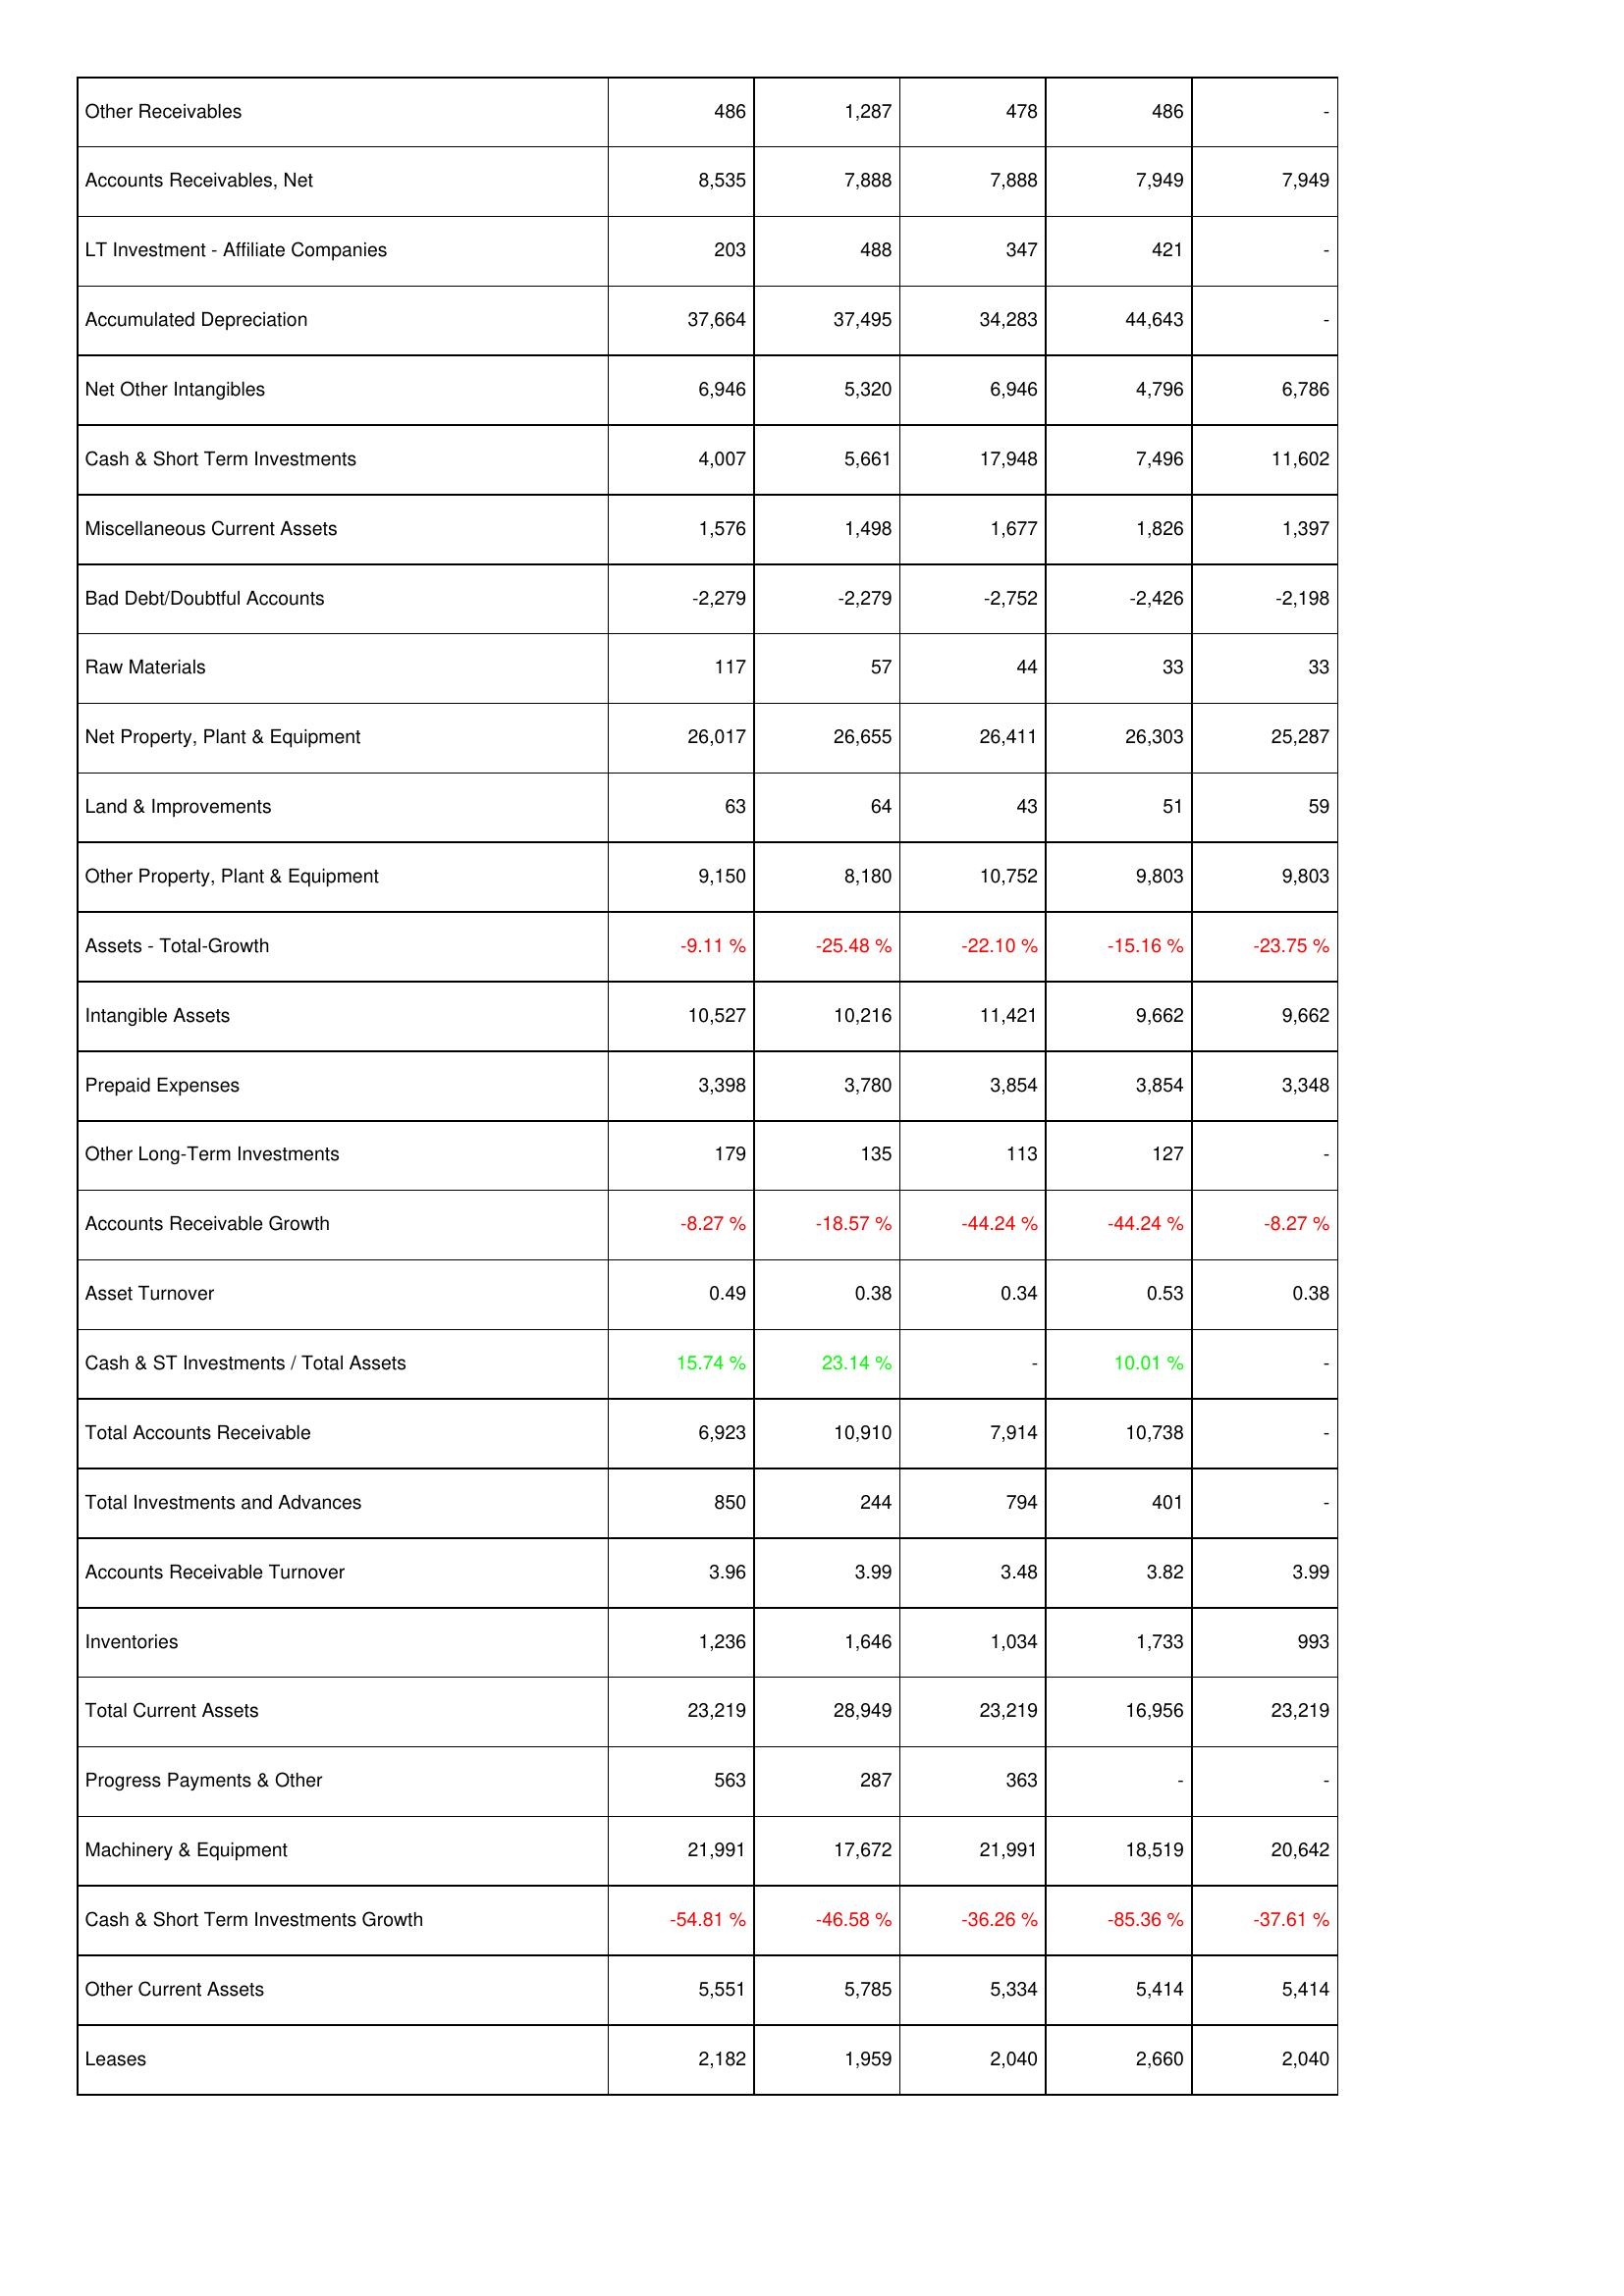
2014: Assets: Other Receivables: 486
Accounts Receivables, Net: 8,535
LT Investment - Affiliate Companies: 203
Accumulated Depreciation: 37,664
Net Other Intangibles: 6,946
Cash & Short Term Investments: 4,007
Miscellaneous Current Assets: 1,576
Bad Debt/Doubtful Accounts: -2,279
Raw Materials: 117
Net Property, Plant & Equipment: 26,017
Land & Improvements: 63
Other Property, Plant & Equipment: 9,150
Assets - Total-Growth: -9.11 %
Intangible Assets: 10,527
Prepaid Expenses: 3,398
Other Long-Term Investments: 179
Accounts Receivable Growth: -8.27 %
Asset Turnover: 0.49
Cash & ST Investments / Total Assets: 15.74 %
Total Accounts Receivable: 6,923
Total Investments and Advances: 850
Accounts Receivable Turnover: 3.96
Inventories: 1,236
Total Current Assets: 23,219
Progress Payments & Other: 563
Machinery & Equipment: 21,991
Cash & Short Term Investments Growth: -54.81 %
Other Current Assets: 5,551
Leases: 2,182
2013: Assets: Other Receivables: 1,287
Accounts Receivables, Net: 7,888
LT Investment - Affiliate Companies: 488
Accumulated Depreciation: 37,495
Net Other Intangibles: 5,320
Cash & Short Term Investments: 5,661
Miscellaneous Current Assets: 1,498
Bad Debt/Doubtful Accounts: -2,279
Raw Materials: 57
Net Property, Plant & Equipment: 26,655
Land & Improvements: 64
Other Property, Plant & Equipment: 8,180
Assets - Total-Growth: -25.48 %
Intangible Assets: 10,216
Prepaid Expenses: 3,780
Other Long-Term Investments: 135
Accounts Receivable Growth: -18.57 %
Asset Turnover: 0.38
Cash & ST Investments / Total Assets: 23.14 %
Total Accounts Receivable: 10,910
Total Investments and Advances: 244
Accounts Receivable Turnover: 3.99
Inventories: 1,646
Total Current Assets: 28,949
Progress Payments & Other: 287
Machinery & Equipment: 17,672
Cash & Short Term Investments Growth: -46.58 %
Other Current Assets: 5,785
Leases: 1,959
2012: Assets: Other Receivables: 478
Accounts Receivables, Net: 7,888
LT Investment - Affiliate Companies: 347
Accumulated Depreciation: 34,283
Net Other Intangibles: 6,946
Cash & Short Term Investments: 17,948
Miscellaneous Current Assets: 1,677
Bad Debt/Doubtful Accounts: -2,752
Raw Materials: 44
Net Property, Plant & Equipment: 26,411
Land & Improvements: 43
Other Property, Plant & Equipment: 10,752
Assets - Total-Growth: -22.10 %
Intangible Assets: 11,421
Prepaid Expenses: 3,854
Other Long-Term Investments: 113
Accounts Receivable Growth: -44.24 %
Asset Turnover: 0.34
Cash & ST Investments / Total Assets: -
Total Accounts Receivable: 7,914
Total Investments and Advances: 794
Accounts Receivable Turnover: 3.48
Inventories: 1,034
Total Current Assets: 23,219
Progress Payments & Other: 363
Machinery & Equipment: 21,991
Cash & Short Term Investments Growth: -36.26 %
Other Current Assets: 5,334
Leases: 2,040
2011: Assets: Other Receivables: 486
Accounts Receivables, Net: 7,949
LT Investment - Affiliate Companies: 421
Accumulated Depreciation: 44,643
Net Other Intangibles: 4,796
Cash & Short Term Investments: 7,496
Miscellaneous Current Assets: 1,826
Bad Debt/Doubtful Accounts: -2,426
Raw Materials: 33
Net Property, Plant & Equipment: 26,303
Land & Improvements: 51
Other Property, Plant & Equipment: 9,803
Assets - Total-Growth: -15.16 %
Intangible Assets: 9,662
Prepaid Expenses: 3,854
Other Long-Term Investments: 127
Accounts Receivable Growth: -44.24 %
Asset Turnover: 0.53
Cash & ST Investments / Total Assets: 10.01 %
Total Accounts Receivable: 10,738
Total Investments and Advances: 401
Accounts Receivable Turnover: 3.82
Inventories: 1,733
Total Current Assets: 16,956
Progress Payments & Other: -
Machinery & Equipment: 18,519
Cash & Short Term Investments Growth: -85.36 %
Other Current Assets: 5,414
Leases: 2,660
2010: Assets: Other Receivables: -
Accounts Receivables, Net: 7,949
LT Investment - Affiliate Companies: -
Accumulated Depreciation: -
Net Other Intangibles: 6,786
Cash & Short Term Investments: 11,602
Miscellaneous Current Assets: 1,397
Bad Debt/Doubtful Accounts: -2,198
Raw Materials: 33
Net Property, Plant & Equipment: 25,287
Land & Improvements: 59
Other Property, Plant & Equipment: 9,803
Assets - Total-Growth: -23.75 %
Intangible Assets: 9,662
Prepaid Expenses: 3,348
Other Long-Term Investments: -
Accounts Receivable Growth: -8.27 %
Asset Turnover: 0.38
Cash & ST Investments / Total Assets: -
Total Accounts Receivable: -
Total Investments and Advances: -
Accounts Receivable Turnover: 3.99
Inventories: 993
Total Current Assets: 23,219
Progress Payments & Other: -
Machinery & Equipment: 20,642
Cash & Short Term Investments Growth: -37.61 %
Other Current Assets: 5,414
Leases: 2,040